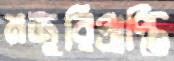
মজুরিপ্রাপ্তি